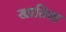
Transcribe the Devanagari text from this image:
खातिया